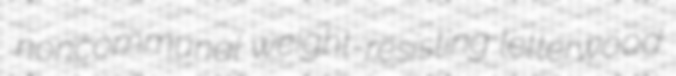
noncommunal weight-resisting letterwood